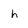
Character: h